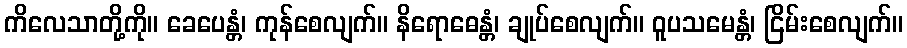
ကိလေသာတို့ကို။ ခေပေန္တံ၊ ကုန်စေလျက်။ နိရောဓေန္တံ၊ ချုပ်စေလျက်။ ဝူပသမေန္တံ၊ ငြိမ်းစေလျက်။